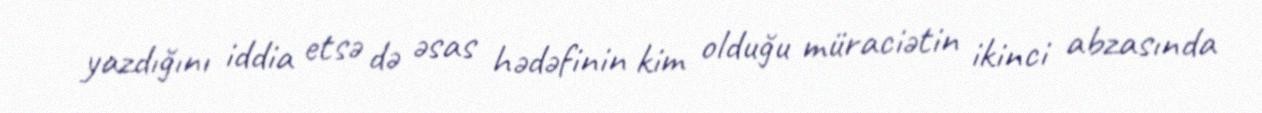
yazdığını iddia etsə də əsas hədəfinin kim olduğu müraciətin ikinci abzasında